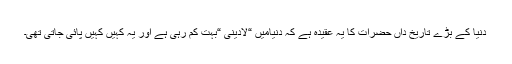
دنیا کے بڑے تاریخ داں حضرات کا یہ عقیدہ ہے کہ دنیامیں “لادینی “بہت کم رہی ہے اور یہ کہیں کہیں پائی جاتی تھی۔